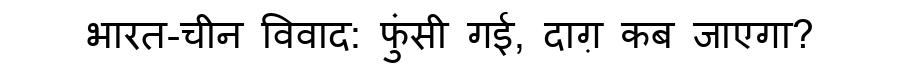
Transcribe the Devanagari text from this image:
भारत-चीन विवाद: फुंसी गई, दाग़ कब जाएगा?